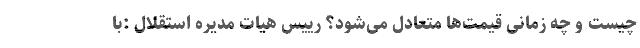
چیست و چه زمانی قیمت‌ها متعادل می‌شود؟ رییس هیات مدیره استقلال :با